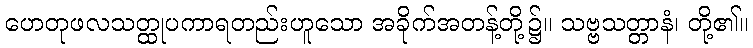
ဟေတုဖလသတ္ထုပကာရတည်းဟူသော အခိုက်အတန့်တို့၌။ သဗ္ဗသတ္တာနံ၊ တို့၏။